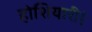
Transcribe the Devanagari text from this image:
होशियारी।